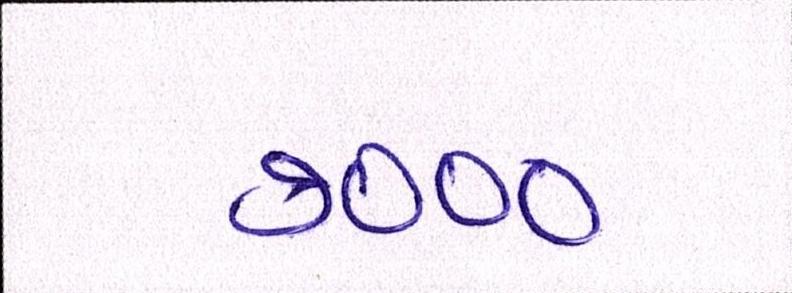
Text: ૭૦૦૦